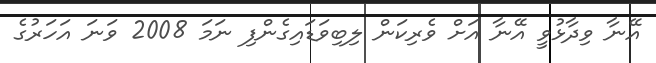
އޭނާ ވިދާޅުވީ އޭނާ އަށް ވެރިކަން ލިބިވަޑައިގެންފި ނަމަ 2008 ވަނަ އަހަރުގެ